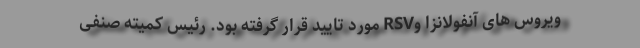
ویروس های آنفولانزا وRSV مورد تایید قرار گرفته بود. رئیس کمیته صنفی